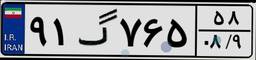
۹۱گ۷۶۵۵۸